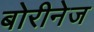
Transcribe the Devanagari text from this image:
बोरीनेज